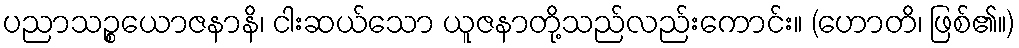
ပညာသဉ္စယောဇနာနိ၊ ငါးဆယ်သော ယူဇနာတို့သည်လည်းကောင်း။ (ဟောတိ၊ ဖြစ်၏။)